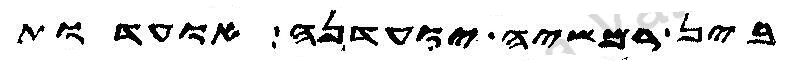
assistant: בין רמשיה יועדנה אועדות